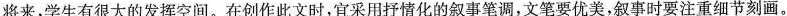
将来，学生有很大的发挥空间。在创作此文时，宜采用抒情化的叙事笔调，文笔要优美，叙事时要注重细节刻画。